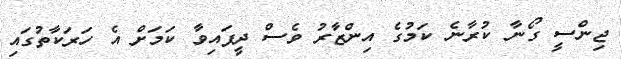
ޖިންސީ ގޯނާ ކުރާނެ ކަމުގެ އިންޒާރު ވެސް ދީފައިވާ ކަމަށް އެ ހަރަކާތުގައި